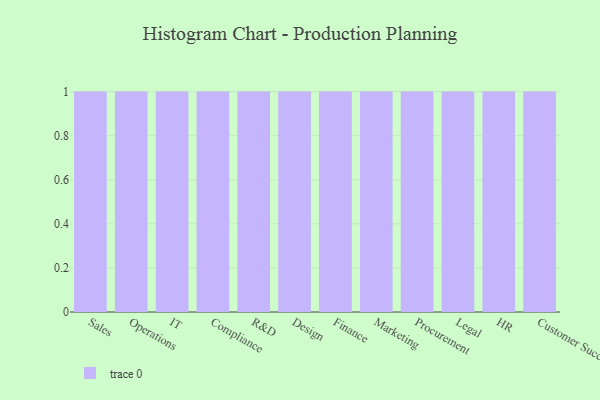
{"axis": {"x": "Department", "y": "Temperature (°C)"}, "legend": [""], "data": [{"x": "Sales", "y": 70, "type": ""}, {"x": "Operations", "y": 9, "type": ""}, {"x": "IT", "y": 59, "type": ""}, {"x": "Compliance", "y": 29, "type": ""}, {"x": "R&D", "y": 85, "type": ""}, {"x": "Design", "y": 52, "type": ""}, {"x": "Finance", "y": 70, "type": ""}, {"x": "Marketing", "y": 38, "type": ""}, {"x": "Procurement", "y": 79, "type": ""}, {"x": "Legal", "y": 84, "type": ""}, {"x": "HR", "y": 60, "type": ""}, {"x": "Customer Success", "y": 4, "type": ""}]}